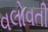
વલોવતી